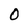
Character: 0